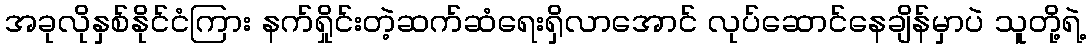
အခုလိုနှစ်နိုင်ငံကြား နက်ရှိုင်းတဲ့ဆက်ဆံရေးရှိလာအောင် လုပ်ဆောင်နေချိန်မှာပဲ သူတို့ရဲ့